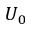
U _ { 0 }